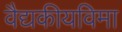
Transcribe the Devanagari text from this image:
वैद्यकीयविमा